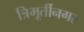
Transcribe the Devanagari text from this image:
त्रिमूर्तीनगर